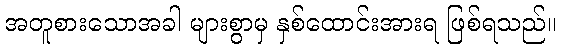
အတူစားသောအခါ များစွာမှ နှစ်ထောင်းအားရ ဖြစ်ရသည်။